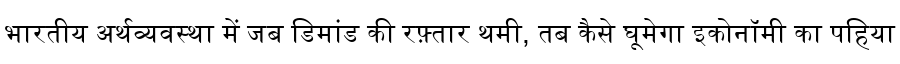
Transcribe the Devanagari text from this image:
भारतीय अर्थव्यवस्था में जब डिमांड की रफ़्तार थमी, तब कैसे घूमेगा इकोनॉमी का पहिया